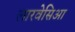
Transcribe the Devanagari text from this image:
लारवेसिआ